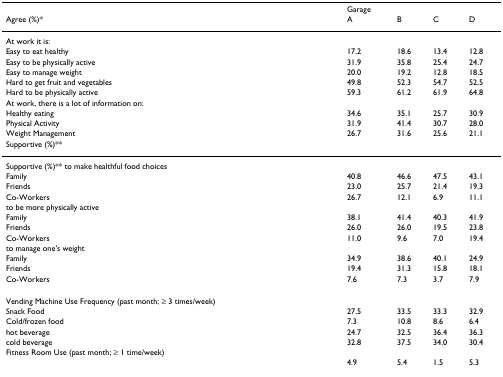
<table><thead><tr><td></td><td><b>Garage</b></td><td></td><td></td><td></td></tr><tr><td><b>Agree (%)*</b></td><td><b>A</b></td><td><b>B</b></td><td><b>C</b></td><td><b>D</b></td></tr></thead><tbody><tr><td>At work it is:</td><td></td><td></td><td></td><td></td></tr><tr><td>Easy to eat healthy</td><td>17.2</td><td>18.6</td><td>13.4</td><td>12.8</td></tr><tr><td>Easy to be physically active</td><td>31.9</td><td>35.8</td><td>25.4</td><td>24.7</td></tr><tr><td>Easy to manage weight</td><td>20.0</td><td>19.2</td><td>12.8</td><td>18.5</td></tr><tr><td>Hard to get fruit and vegetables</td><td>49.8</td><td>52.3</td><td>54.7</td><td>52.5</td></tr><tr><td>Hard to be physically active</td><td>59.3</td><td>61.2</td><td>61.9</td><td>64.8</td></tr><tr><td>At work, there is a lot of information on:</td><td></td><td></td><td></td><td></td></tr><tr><td>Healthy eating</td><td>34.6</td><td>35.1</td><td>25.7</td><td>30.9</td></tr><tr><td>Physical Activity</td><td>31.9</td><td>41.4</td><td>30.7</td><td>28.0</td></tr><tr><td>Weight Management</td><td>26.7</td><td>31.6</td><td>25.6</td><td>21.1</td></tr><tr><td>Supportive (%)**</td><td></td><td></td><td></td><td></td></tr><tr><td>Supportive (%)** to make healthful food choices</td><td></td><td></td><td></td><td></td></tr><tr><td>Family</td><td>40.8</td><td>46.6</td><td>47.5</td><td>43.1</td></tr><tr><td>Friends</td><td>23.0</td><td>25.7</td><td>21.4</td><td>19.3</td></tr><tr><td>Co-Workers</td><td>26.7</td><td>12.1</td><td>6.9</td><td>11.1</td></tr><tr><td>to be more physically active</td><td></td><td></td><td></td><td></td></tr><tr><td>Family</td><td>38.1</td><td>41.4</td><td>40.3</td><td>41.9</td></tr><tr><td>Friends</td><td>26.0</td><td>26.0</td><td>19.5</td><td>23.8</td></tr><tr><td>Co-Workers</td><td>11.0</td><td>9.6</td><td>7.0</td><td>19.4</td></tr><tr><td>to manage one&#x27;s weight</td><td></td><td></td><td></td><td></td></tr><tr><td>Family</td><td>34.9</td><td>38.6</td><td>40.1</td><td>24.9</td></tr><tr><td>Friends</td><td>19.4</td><td>31.3</td><td>15.8</td><td>18.1</td></tr><tr><td>Co-Workers</td><td>7.6</td><td>7.3</td><td>3.7</td><td>7.9</td></tr><tr><td>Vending Machine Use Frequency (past month; ≥ 3 times/week)</td><td></td><td></td><td></td><td></td></tr><tr><td>Snack Food</td><td>27.5</td><td>33.5</td><td>33.3</td><td>32.9</td></tr><tr><td>Cold/frozen food</td><td>7.3</td><td>10.8</td><td>8.6</td><td>6.4</td></tr><tr><td>hot beverage</td><td>24.7</td><td>32.5</td><td>36.4</td><td>36.3</td></tr><tr><td>cold beverage</td><td>32.8</td><td>37.5</td><td>34.0</td><td>30.4</td></tr><tr><td>Fitness Room Use (past month; ≥ 1 time/week)</td><td></td><td></td><td></td><td></td></tr><tr><td></td><td>4.9</td><td>5.4</td><td>1.5</td><td>5.3</td></tr></tbody></table>